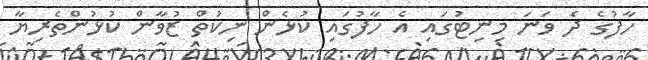
ހާފުގެ ދެ ވަނަ މިނިޓުގައި އެ ހާފުގައި ކުޅެން ނިކުތް ޒުވާން ކުޅުންތެރިޔާ